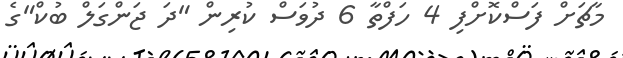
މާޗަށް ފަސްކޮށްފި 4 ހަފްތާ 6 ދުވަސް ކުރިން "ދަ ޖަންގަލް ބުކް"ގެ